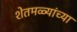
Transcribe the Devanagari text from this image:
शेतमळ्यांच्या